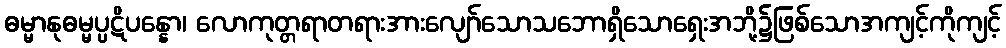
ဓမ္မာနုဓမ္မပ္ပဋိပန္နော၊ လောကုတ္တရာတရားအားလျော်သောသဘောရှိသောရှေးအဘို့၌ဖြစ်သောအကျင့်ကိုကျင့်